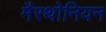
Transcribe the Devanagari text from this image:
मैरथोनियन